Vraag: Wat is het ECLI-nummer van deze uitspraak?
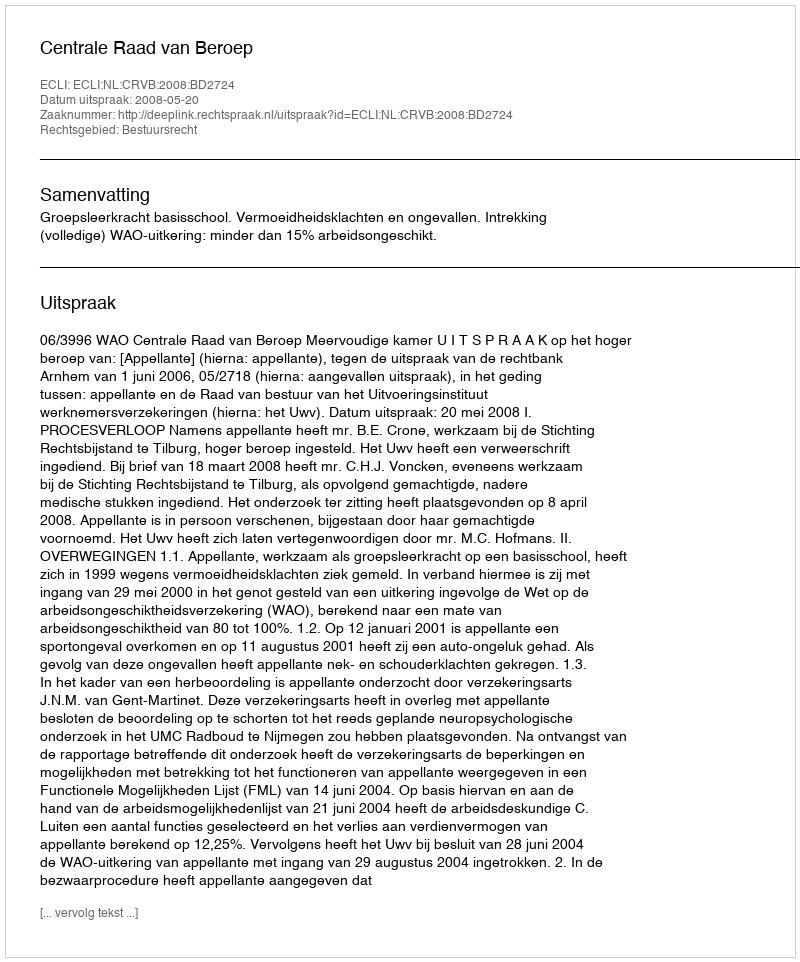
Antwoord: ECLI:NL:CRVB:2008:BD2724